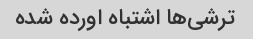
ترشی‌ها اشتباه اورده شده